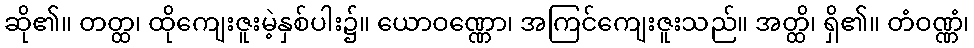
ဆို၏။ တတ္ထ၊ ထိုကျေးဇူးမဲ့နှစ်ပါး၌။ ယောဝဏ္ဏော၊ အကြင်ကျေးဇူးသည်။ အတ္ထိ၊ ရှိ၏။ တံဝဏ္ဏံ၊